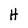
Character: H